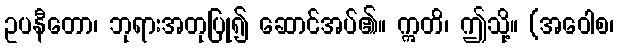
ဥပနီတော၊ ဘုရားအတုပြု၍ ဆောင်အပ်၏။ ဣတိ၊ ဤသို့။ (အဝေါစ၊